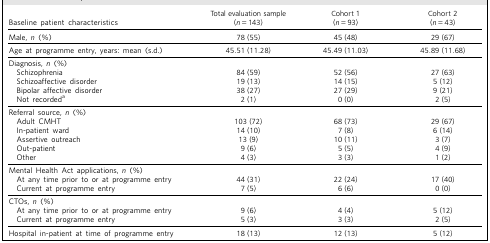
| Baseline patient characteristics | Total evaluation sample(n = 143) | Cohort 1(n = 93) | Cohort 2(n = 43) |
 | --- | --- | --- | --- |
 | Male, n (%) | 78 (55) | 45 (48) | 29 (67) |
 | Age at programme entry, years: mean (s.d.) | 45.51 (11.28) | 45.49 (11.03) | 45.89 (11.68) |
 | Diagnosis, n (%) |  |  |  |
 | Schizophrenia | 84 (59) | 52 (56) | 27 (63) |
 | Schizoaffective disorder | 19 (13) | 14 (15) | 5 (12) |
 | Bipolar affective disorder | 38 (27) | 27 (29) | 9 (21) |
 | Not recordeda | 2 (1) | 0 (0) | 2 (5) |
 | Referral source, n (%) |  |  |  |
 | Adult CMHT | 103 (72) | 68 (73) | 29 (67) |
 | In-patient ward | 14 (10) | 7 (8) | 6 (14) |
 | Assertive outreach | 13 (9) | 10 (11) | 3 (7) |
 | Out-patient | 9 (6) | 5 (5) | 4 (9) |
 | Other | 4 (3) | 3 (3) | 1 (2) |
 | Mental Health Act applications, n (%) |  |  |  |
 | At any time prior to or at programme entry | 44 (31) | 22 (24) | 17 (40) |
 | Current at programme entry | 7 (5) | 6 (6) | 0 (0) |
 | CTOs, n (%) |  |  |  |
 | At any time prior to or at programme entry | 9 (6) | 4 (4) | 5 (12) |
 | Current at programme entry | 5 (3) | 3 (3) | 2 (5) |
 | Hospital in-patient at time of programme entry | 18 (13) | 12 (13) | 5 (12) |